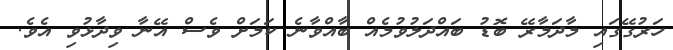
ހަރުގޭގައި މާދަމާރޭ ބޮޑު ބައްދަލުވުމެއް ބާއްވާނެ ކަމަށް ވެސް އޭނާ ވިދާޅުވި އެވެ.